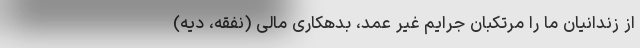
از زندانیان ما را مرتکبان جرایم غیر عمد، بدهکاری مالی (نفقه، دیه)